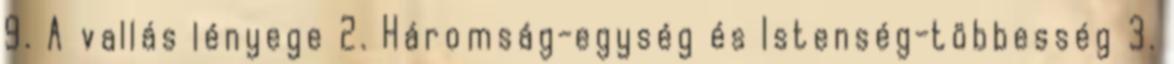
9. A vallás lényege 2. Háromság-egység és Istenség-többesség 3.